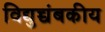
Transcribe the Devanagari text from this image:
विद्युच्चंबकीय